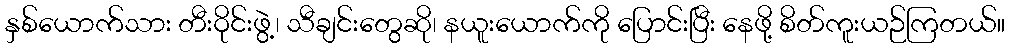
နှစ်ယောက်သား တီးဝိုင်းဖွဲ့၊ သီချင်းတွေဆို၊ နယူးယောက်ကို ပြောင်းပြီး နေဖို့ စိတ်ကူးယဉ်ကြတယ်။